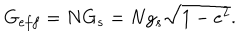
G _ { e f f } = N G _ { s } = N g _ { s } \sqrt { 1 - e ^ { 2 } } .